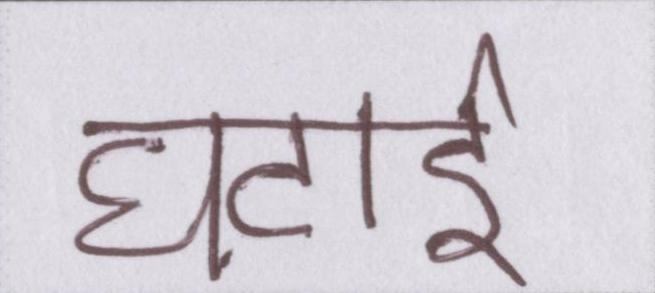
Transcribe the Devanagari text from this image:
घटाई